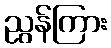
ညွန်ကြား